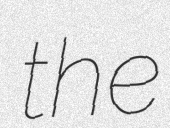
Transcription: the